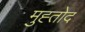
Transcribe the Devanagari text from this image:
मुह्तोद